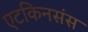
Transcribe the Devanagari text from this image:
एटकिनसंस